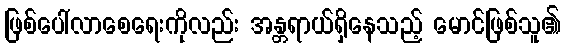
ဖြစ်ပေါ်လာစေရေးကိုလည်း အန္တရာယ်ရှိနေသည့် မောင်ဖြစ်သူ၏